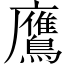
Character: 鷹